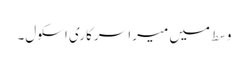
وسط میں میرا سرکاری اسکول۔